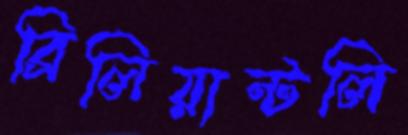
ব্রিলিয়ান্টলি